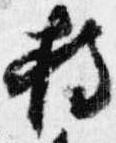
持